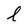
Character: l